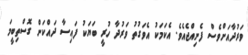
ވަރުދާއަށްވެސް ފެނިއްޖެއެވެ. އެކަމަކު އެވަގުތު ވަރުދާ ހުރީ ބަޔަކު ފައިސާ ދައްކަން ގޮސްތިބީމަ